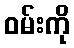
ဝမ်းကို